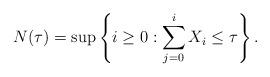
LaTeX: \begin{align*}N(\tau) = \sup\left\{i\ge 0:\sum_{j = 0}^i X_i\le \tau \right\}. \end{align*}